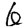
Digit: 6